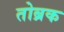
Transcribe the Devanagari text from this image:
तोब्रक